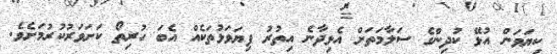
ކިޔަވަން އުޅޭ ކުދިންގެ ސަލާމަތަށް އެޅިދާނެ އިތުރު ފިޔަވަޅުތަކެއް އެބަ ހުރިތޯ ކަށަވަރުކުރުމަށެވެ.